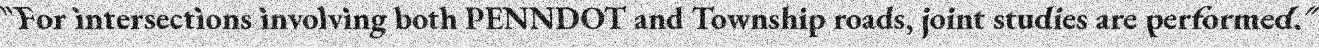
"For intersections involving both PENNDOT and Township roads, joint studies are performed."